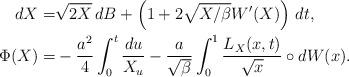
LaTeX: \begin{align*}dX=&\sqrt{2X}\,dB +\left(1+2\sqrt{X/\beta} W'(X)\right)\, dt, \\\Phi(X)=&-\frac{a^2}{4}\int_{0}^t \frac{du}{X_u} - \frac{a}{\sqrt{\beta}} \int_{0}^1 \frac{L_X(x,t)}{\sqrt{x}} \circ dW(x). \end{align*}